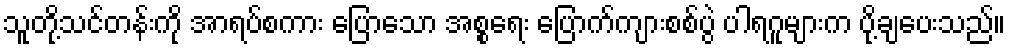
သူတို့သင်တန်းကို အာရပ်စကား ပြောသော အစ္စရေး ပြောက်ကျားစစ်ပွဲ ပါရဂူများက ပို့ချပေးသည်။